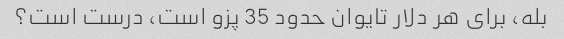
بله، برای هر دلار تایوان حدود 35 پزو است، درست است؟